Medical and sanitary report of the native army of Bengal for the year
Year: 1874
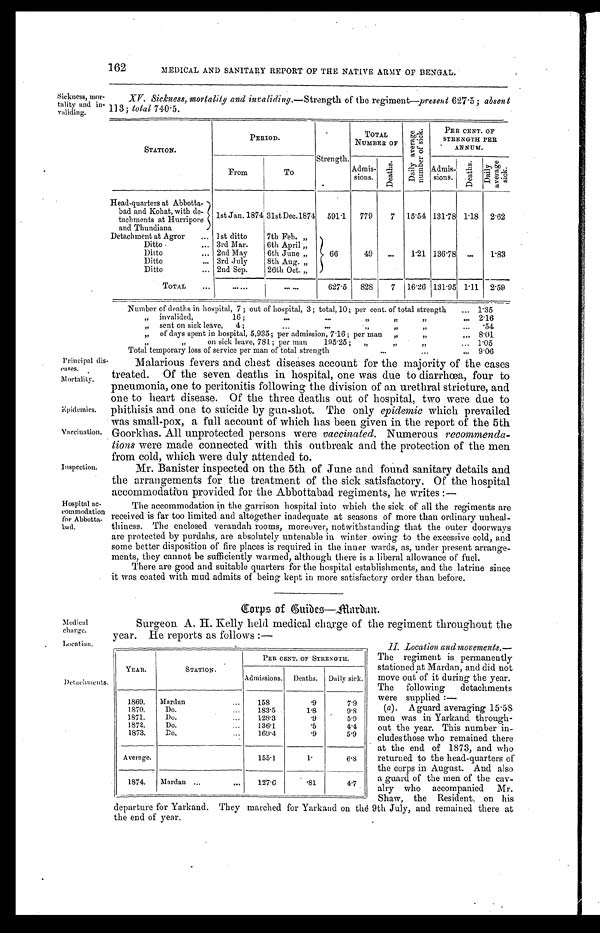
Principal dis-
eases.
Mortality.
Epidemics.
Vaccination.
YEAR.
STATION.
PER CENT. OF STRENGTH.
Admissions. Deaths. Daily sick.
1869. Mardan
158
.9
7.9
1870.
Do.
183.5
1.8
9.8
1871.
Do.
128.3
.9
5.9
1872.
Do.
136.1
. 5 4.4
1873. Do.
169.4
.9
5.9
Average.
155.1
1.
6.8
1874. Mardan
127.6
. 8 1 4.7
Detachments.
Sickness, mor
-
tality and in-
validing.
162
MEDICAL AND SANITARY REPORT OF THE NATIVE ARMY OF BENGAL.
XV. Sickness, mortality and invaliding.— Strength of the regiment—present 627.5; absent
113; total 740.5.
STATION.
PERIOD.
Strength.
TOTAL
NUMBER OF
Da i l y a v e r a g e
n u mb e r o f s i c k .
PER CENT. OF
STRENGTH PER
ANNUM.
From
To
Admis-
sions.
De a t hs .
Admis-
sions.
Deat hs .
Dai l y
a v e r a g e
si ck.
Head-quarters at Abbotta-
bad and Kohat, with de-
tachments at Hurripore
and Thundiana
1st Jan. 1874 31st Dec.1874 591.1 779 7 15.54 131.78 1.18 2 . 6 2
Detachment at Agror
1st ditto 7th Feb. „
66
49
1.21 136.78
1.83
Ditto
3rd Mar. 6th April „
Ditto
2nd May
6th June „
Ditto
3rd July 8th Aug. „
Ditto
2nd Sep.
26th Oct. „
TOTAL
627.5 828 7 16.26 131.95 1.11 2 . 5 9
Number of deaths in hospital, 7; out of hospital, 3; total, 10; per cent. of total strength
1.35
„ invalided, 16; „ „ „ 2.16
„ s e n t o n s i c k l e a v e , 4 „ „ „ .54
„ of days spent in hospital, 5,935; per admission, 7.16; per man „ „ 8 . 0 1
„ „ o n s i c k l e a v e , 7 8 1 ; p e r m a n 1 9 5 . 2 5 ; „ „ 1.05
Total temporary loss of service per man of total strength 9.06
Inspection.
Hospital ac
- c o m m o d a t i o n for Abbotta
- b a d .
Medical
charge.
Location.
Malarious fevers and chest diseases account for the majority of the cases
treated. Of the seven deaths in hospital, one was due to diarrhœa, four to
pneumonia, one to peritonitis following the division of an urethral stricture, and
one to heart disease. Of the three deaths out of hospital, two were due to
phithisis and one to suicide by gun-shot. The only epidemic which prevailed
was small-pox, a full account of which has been given in the report of the 5th
Goorkhas. All unprotected persons were vaccinated. Numerous recommenda
-tions were made connected with this outbreak and the protection of the men
from cold, which were duly attended to.
Mr. Banister inspected on the 5th of June and found sanitary details and
the arrangements for the treatment of the sick satisfactory. Of the hospital
accommodation provided for the Abbottabad regiments, he writes :
—
The accommodation in the garrison hospital into which the sick of all the regiments are
received is far too limited and altogether inadequate at seasons of more than ordinary unheal
- t h i n e s s . T h e e n c l o s e d v e r a n d a h r o o m s , m o r e o v e r , n o t w i t h s t a n d i n g t h a t t h e o u t e r d o o r w a y s
are protected by purdahs, are absolutely untenable in winter owing to the excessive cold, and
some better disposition of fire places is required in the inner wards, as, under present arrange
-ments, they cannot be sufficiently warmed, although there is a liberal allowance of fuel.
There are good and suitable quarters for the hospital establishments, and the latrine since
it was coated with mud admits of being kept in more satisfactory order than before.
C o r p s o f G u i d e s — M a r d a n .
Surgeon A. H. Kelly held medical charge of the regiment throughout the
year. He report as follows.
II. Location and movements.
— T h e r e g i m e n t i s p e r m a n e n t l y
stationed at Mardan, and did not
move out of it during the year.
The following detachments
were supplied:—
(a) A guard averaging 15.58
men was in Yarkand through
-out the year. This number in
- c l u d e s t h o s e w h o r e m a i n e d t h e r e
at the end of 1873, and who
returned to the head-quarters of
the corps in August. And also
a guard of the men of the cav
-alry who accompanied Mr.
Shaw, the Resident, on his
departure for Yarkand. They marched for Yarkand on the 9th July, and remained there at
the end of year.